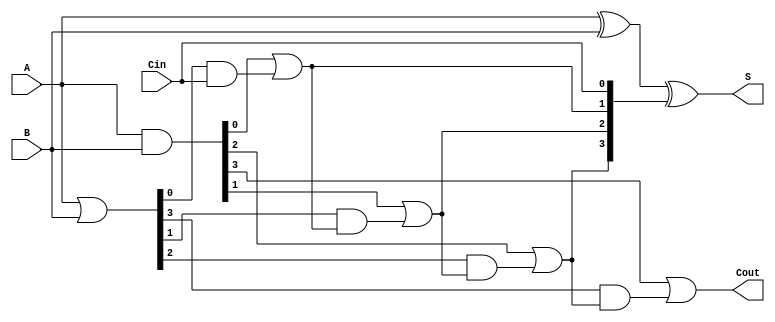
module SklanskyAdder #(parameter n = 4) (
    input  [n-1:0] A,      // First input
    input  [n-1:0] B,      // Second input
    input          Cin,     // Carry-in
    output [n-1:0] S,      // Sum output
    output         Cout     // Carry-out
);

    wire [n-1:0] G;        // Generate signals
    wire [n-1:0] P;        // Propagate signals
    wire [n:0] C;          // Carry signals

    // Generate and Propagate signals
    assign G = A & B;      // G[i] = A[i] AND B[i]
    assign P = A | B;      // P[i] = A[i] OR B[i]

    // Carry signals computation
    assign C[0] = Cin;     // C[0] = Cin
    genvar i;
    generate
        for (i = 0; i < n; i = i + 1) begin : carry_gen
            if (i == 0) begin
                assign C[1] = G[0] | (P[0] & C[0]);
            end else begin
                assign C[i + 1] = G[i] | (P[i] & C[i]);
            end
        end
    endgenerate

    // Sum computation
    assign S = A ^ B ^ C[n-1:0]; // S[i] = A[i] XOR B[i] XOR C[i]

    // Carry-out
    assign Cout = C[n]; // Cout = C[n]

endmodule